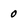
Character: 0